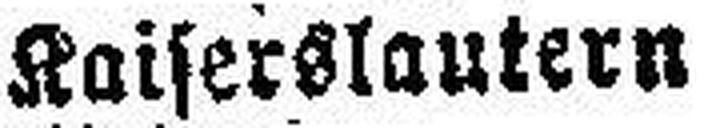
Kaiserslautern